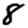
Digit: 8